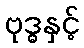
ဗုဒ္ဓနှင့်